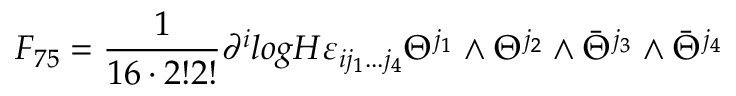
F _ { 7 5 } = \frac { 1 } { 1 6 \cdot 2 ! 2 ! } \partial ^ { i } l o g H \varepsilon _ { i j _ { 1 } . . . j _ { 4 } } \Theta ^ { j _ { 1 } } \wedge \Theta ^ { j _ { 2 } } \wedge \bar { \Theta } ^ { j _ { 3 } } \wedge \bar { \Theta } ^ { j _ { 4 } }